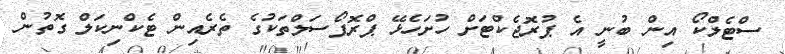
ސްޓެލްކޯ އިން ބުނީ އެ ޕުރޮޖެކްޓަށް ހުށަހެޅޭ ޕްރޮޕޯސަލްތަކުގެ ތެރެއިން ޓެކްނިކަލް ގޮތުން